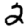
Digit: 2